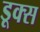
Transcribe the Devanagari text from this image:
डूक्स